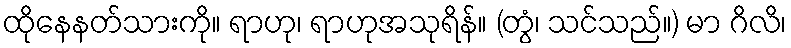
ထိုနေနတ်သားကို။ ရာဟု၊ ရာဟုအသုရိန်။ (တွံ၊ သင်သည်။) မာ ဂိလိ၊